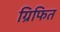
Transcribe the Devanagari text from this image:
ग्रिफित